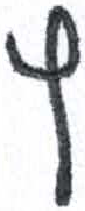
אות: ץ